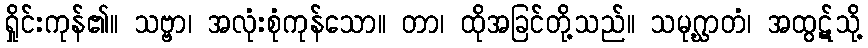
ရှိုင်းကုန်၏။ သဗ္ဗာ၊ အလုံးစုံကုန်သော။ တာ၊ ထိုအခြင်တို့သည်။ သမုဂ္ဃာတံ၊ အထွဋ်သို့